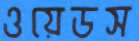
ওয়েডস